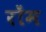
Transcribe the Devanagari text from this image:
रोंम